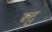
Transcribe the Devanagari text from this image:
स्टु